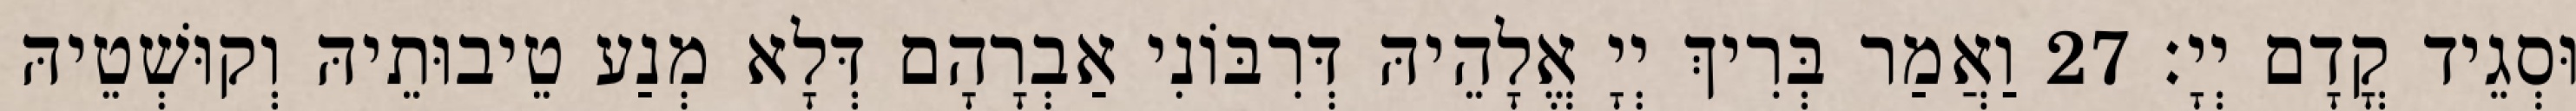
וּסְגֵיד קֳדָם יְיָ׃ 27 וַאֲמַר בְּרִיךְ יְיָ אֱלָהֵיהּ דְּרִבּוֹנִי אַבְרָהָם דְּלָא מְנַע טֵיבוּתֵיהּ וְקוּשְׁטֵיהּ